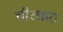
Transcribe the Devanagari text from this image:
चीरधाट